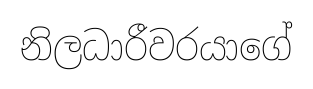
නිලධාරීවරයාගේ